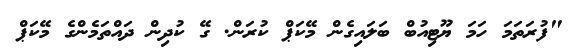
"ފުރަތަމަ ހަމަ ޔޫޓިއުބް ބަލައިގެން މޭކަޕް ކުރަން. ގޭ ކުދިން ދައްތަމެންގެ މޭކަޕް